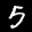
Label: 5